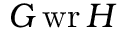
G \operatorname { w r } H